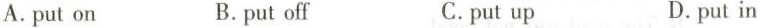
A. put on B.putoff C.put up D.put in